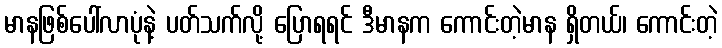
မာနဖြစ်ပေါ်လာပုံနဲ့ ပတ်သက်လို့ ပြောရရင် ဒီမာနက ကောင်းတဲ့မာန ရှိတယ်၊ ကောင်းတဲ့